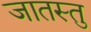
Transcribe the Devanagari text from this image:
जातस्तु